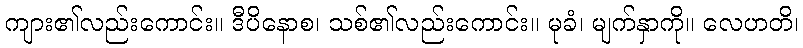
ကျား၏လည်းကောင်း။ ဒီပိနောစ၊ သစ်၏လည်းကောင်း။ မုခံ၊ မျက်နှာကို။ လေဟတိ၊